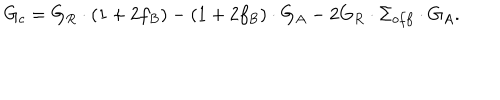
G _ { c } = G _ { R } \cdot ( 1 + 2 f _ { B } ) - ( 1 + 2 f _ { B } ) \cdot G _ { A } - 2 G _ { R } \cdot \Sigma _ { o f f } \cdot G _ { A } .